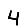
Digit: 4